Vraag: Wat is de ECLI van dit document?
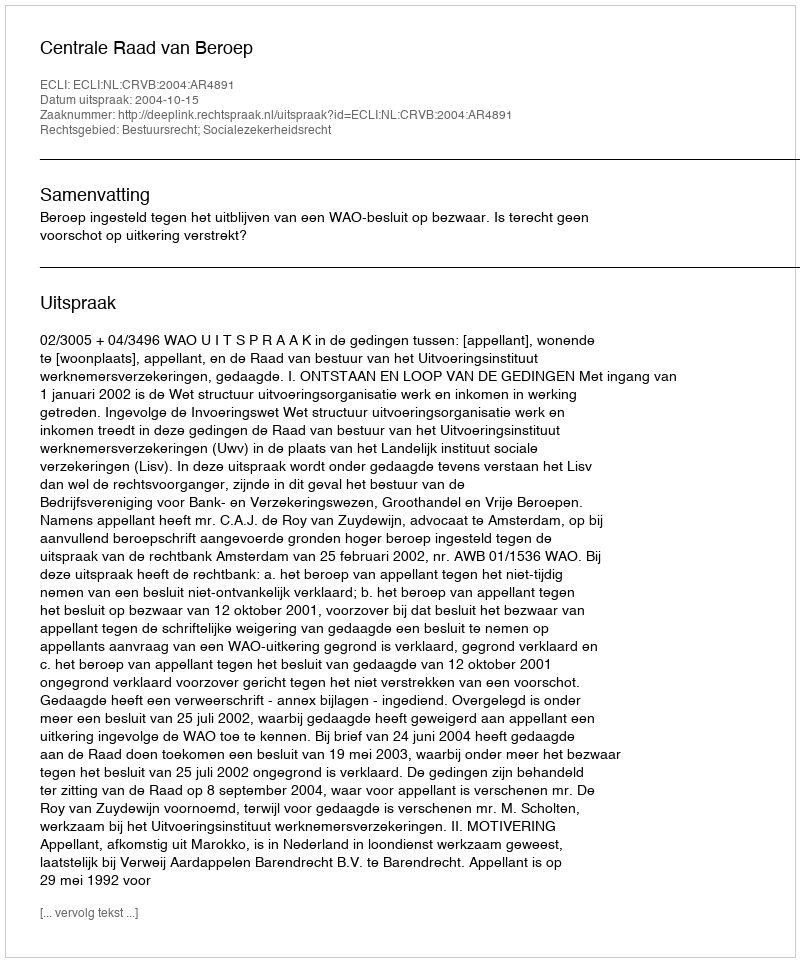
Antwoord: ECLI:NL:CRVB:2004:AR4891